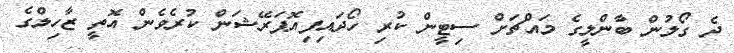
ދެ ގޯލުން ބާންލީގެ މައްޗަށް ސިޓީން ކުރި ހޯދައިފިއޮޕަރޭޝަން ކުރެވެން އޮތީ ޒާހިލްގެ